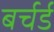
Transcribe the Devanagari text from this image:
बर्चर्ड